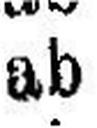
ab